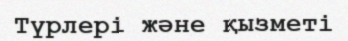
Түрлері және қызметі